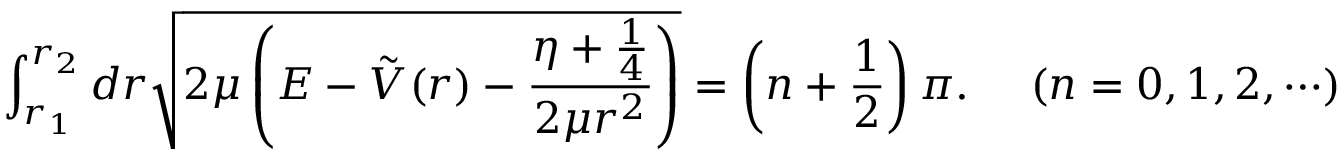
\int _ { r _ { 1 } } ^ { r _ { 2 } } d r \sqrt { 2 \mu \left( E - \tilde { V } ( r ) - \frac { \eta + \frac { 1 } { 4 } } { 2 \mu r ^ { 2 } } \right) } = \left( n + \frac { 1 } { 2 } \right) \pi . \; \; \; \; \; ( n = 0 , 1 , 2 , \cdots )